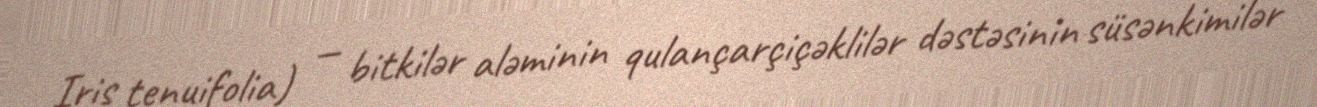
Iris tenuifolia) — bitkilər aləminin qulançarçiçəklilər dəstəsinin süsənkimilər